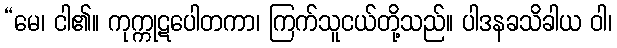
“မေ၊ ငါ၏။ ကုက္ကုဋပေါတကာ၊ ကြက်သူငယ်တို့သည်။ ပါဒနခသိခါယ ဝါ၊